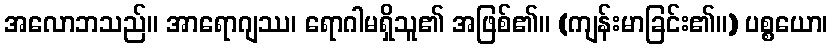
အလောဘသည်။ အာရောဂျဿ၊ ရောဂါမရှိသူ၏ အဖြစ်၏။ (ကျန်းမာခြင်း၏။) ပစ္စယော၊